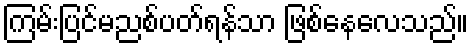
ကြမ်းပြင်မညစ်ပတ်ရန်သာ ဖြစ်နေလေသည်။